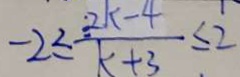
- 2 \leq \frac { 2 k - 4 } { k + 3 } \leq 2